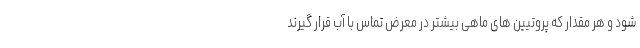
شود و هر مقدار که پروتیین های ماهی بیشتر در معرض تماس با آب قرار گیرند